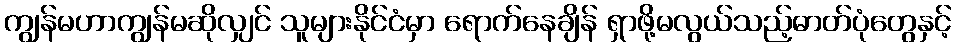
ကျွန်မဟာကျွန်မဆိုလျှင် သူများနိုင်ငံမှာ ရောက်နေချိန် ရှာဖို့မလွယ်သည့်ဓာတ်ပုံတွေနှင့်